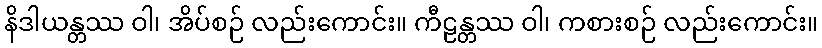
နိဒါယန္တဿ ဝါ၊ အိပ်စဉ် လည်းကောင်း။ ကီဠန္တဿ ဝါ၊ ကစားစဉ် လည်းကောင်း။